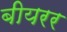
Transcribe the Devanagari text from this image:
बीयरर